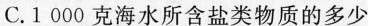
C.1 000克海水所含盐类物质的多少